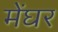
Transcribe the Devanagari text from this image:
मेंघर